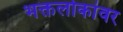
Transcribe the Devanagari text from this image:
भक्तलोकांवर